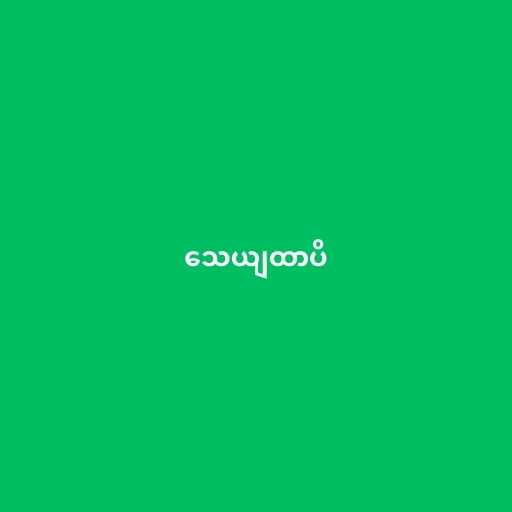
သေယျထာပိ